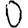
Digit: 0